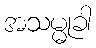
အသမ္မုခါ